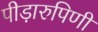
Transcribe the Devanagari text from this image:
पीड़ारुपिणी